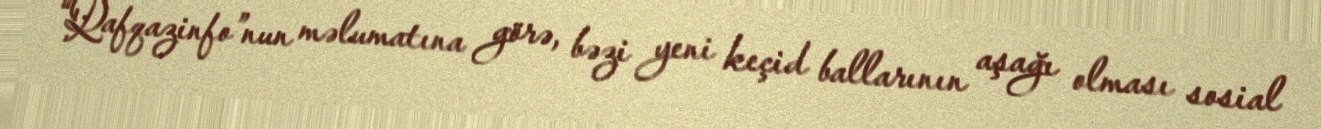
“Qafqazinfo”nun məlumatına görə, bəzi yeni keçid ballarının aşağı olması sosial